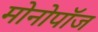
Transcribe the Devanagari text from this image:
मोनोपॉज